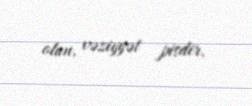
olun, vəziyyət pisdir.